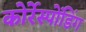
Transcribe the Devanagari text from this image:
कोर्रेस्पोंडिंग